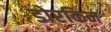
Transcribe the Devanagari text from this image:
डोरकिन